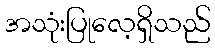
အသုံးပြုလေ့ရှိသည်